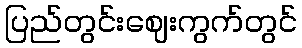
ပြည်တွင်းဈေးကွက်တွင်